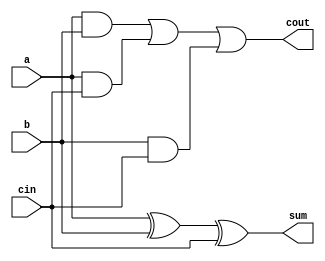
module full_adder(
    input a,
    input b,
    input cin,
    output sum,
    output cout
);

    assign sum = a ^ b ^ cin;
    assign cout = (a & b) | (a & cin) | (b & cin);

endmodule